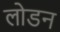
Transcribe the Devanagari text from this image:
लोडन